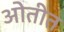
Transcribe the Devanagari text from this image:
ओतीत